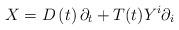
LaTeX: \begin{align*}X=D\left( t\right) \partial_{t}+T(t)Y^{i}\partial_{i} \end{align*}